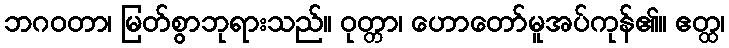
ဘဂဝတာ၊ မြတ်စွာဘုရားသည်။ ဝုတ္တာ၊ ဟောတော်မူအပ်ကုန်၏။ ဧတ္ထ၊